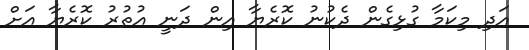
އަދި މިކަމާ ގުޅިގެން ދެކުނު ކޮރެޔާ އިން ދަނީ އުތުރު ކޮރެޔާ އަށް